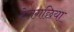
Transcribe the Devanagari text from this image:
बेलगछिया